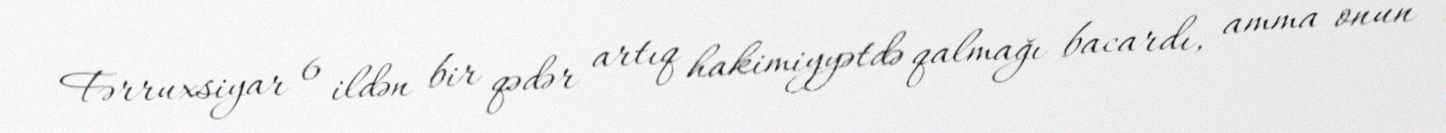
Fərruxsiyar 6 ildən bir qədər artıq hakimiyyətdə qalmağı bacardı, amma onun